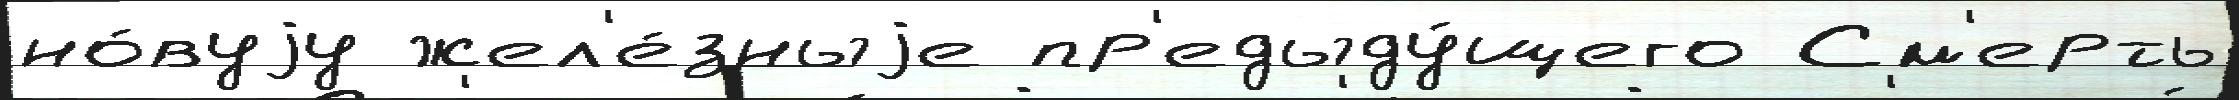
но́вуjу жел'е́зныjе пр'едыду́щего См'ерть